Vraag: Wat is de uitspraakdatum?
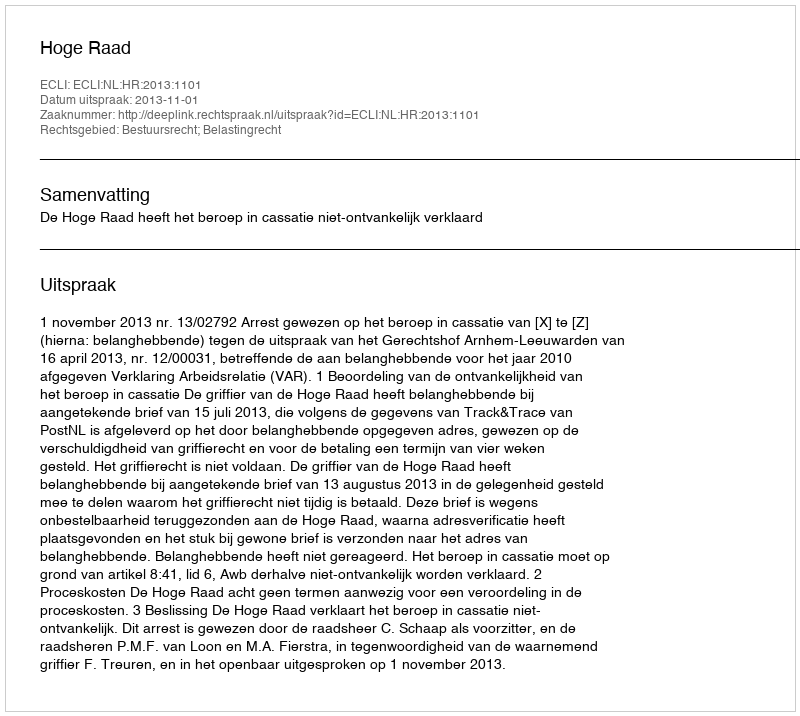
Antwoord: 2013-11-01